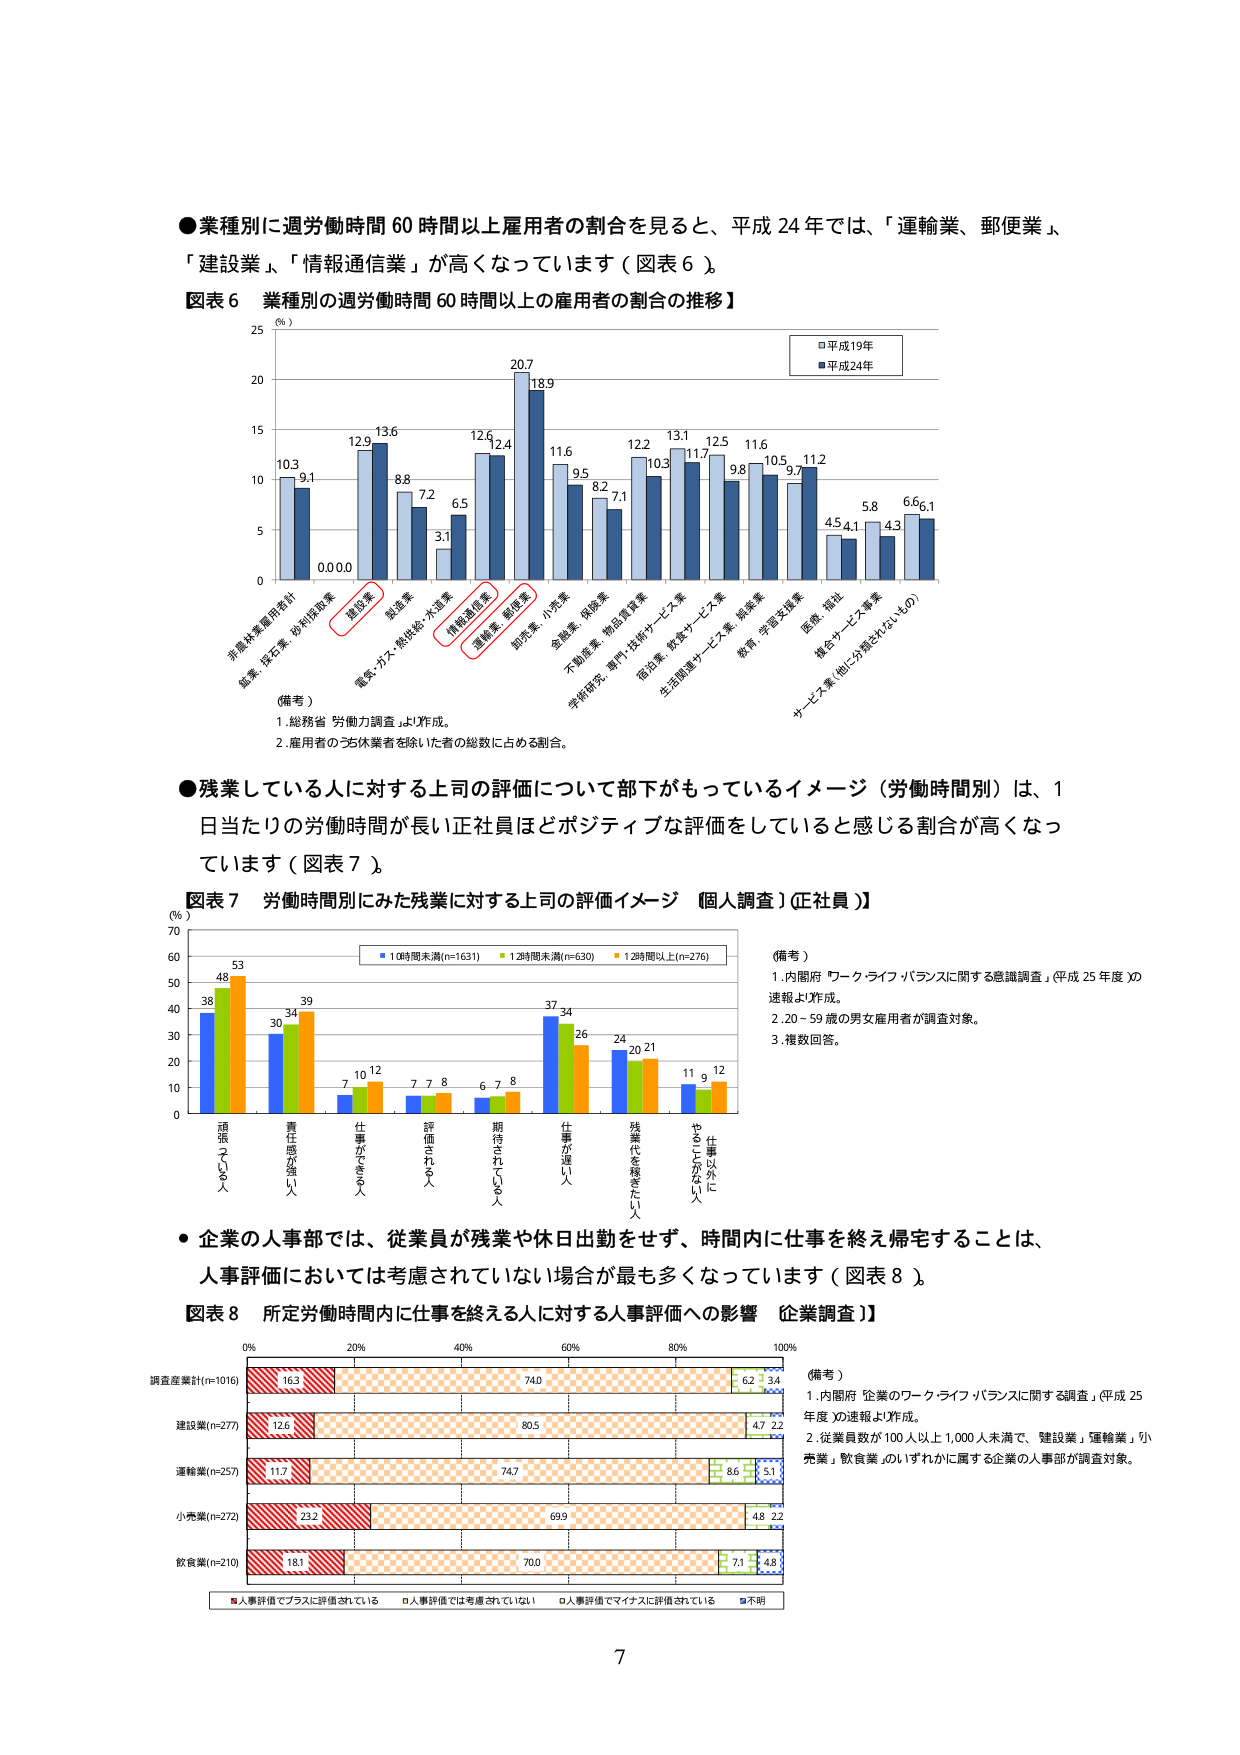
●業種別に週労働時間60時間以上雇用者の割合を見ると、平成24年では、「運輸業、郵便業」、「建設業」、「情報通信業」が高くなっています（図表6）。

図表6 業種別の週労働時間60時間以上の雇用者の割合の推移】

（％）
□平成19年
■平成24年

非農林業用統計
10.3 9.1
鉱業、採石業、砂利採取業
0.0 0.0
建設業
12.9 13.6
電気・ガス・熱供給・水道業
8.8 7.2
情報通信業
6.5 3.1
運輸業、郵便業
12.6 20.7
18.9 12.4
卸売業、小売業
11.6 9.5
金融業、保険業
8.2 7.1
不動産業、物品賃貸業
12.2 10.3
学術研究、専門・技術サービス業
13.1 11.7
宿泊業、飲食サービス業
12.5 9.8
生活関連サービス業、娯楽業
11.6 10.5
教育、学習支援業
9.7 11.2
医療、福祉
4.5 4.1
情侶サービス事業
5.8 4.3
サービス業（他に分類されないもの）
6.6 6.1

（備考）
1. 総務省「労働力調査」より作成。
2. 雇用者のうち休業者を除いた者の総数に占める割合。

●残業している人に対する上司の評価について部下がもっているイメージ（労働時間別）は、1日当たりの労働時間が長い正社員ほどポジティブな評価をしていると感じる割合が高くなっています（図表7）。

図表7 労働時間別にみた残業に対する上司の評価イメージ（個人調査）【正社員】

（％）
■10時間未満(n=1631) ■12時間未満(n=630) ■12時間以上(n=276)

頑張っている人
38 48 53
責任感が強い人
30 34 39
仕事ができる人
7 10 12
評価される人
7 7 8
期待されている人
6 7 8
仕事が進む人
37 34 26
残業代を稼ぎたい人
24 20 21
やることがない人
11 9 12
仕事以外に

（備考）
1. 内閣府「ワークライフバランスに関する意識調査」（平成25年度）の速報より作成。
2. 20～59歳の男女雇用者が調査対象。
3. 複数回答。

●企業の人事部では、従業員が残業や休日出勤をせず、時間内に仕事を終え帰宅することは、人事評価においては考慮されていない場合が最も多くなっています（図表8）。

図表8 所定労働時間内に仕事を終える人に対する人事評価への影響【企業調査】

調査産業計(n=1016)
16.3 74.0 6.2 3.4
建設業(n=277)
12.6 80.5 4.7 2.2
運輸業(n=257)
11.7 74.7 8.6 5.1
小売業(n=272)
23.2 69.9 4.8 2.2
飲食業(n=210)
18.1 70.0 7.1 4.8

■人事評価でプラスに評価されている
□人事評価では考慮されていない
○人事評価でマイナスに評価されている
■不明

（備考）
1. 内閣府「企業のワークライフバランスに関する調査」（平成25年度）の速報より作成。
2. 従業員数が100人以上1,000人未満で、「建設業」「運輸業」「小売業」「飲食業」のいずれかに属する企業の人事部が調査対象。

7